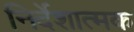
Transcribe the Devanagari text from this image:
निर्देशात्‍मक